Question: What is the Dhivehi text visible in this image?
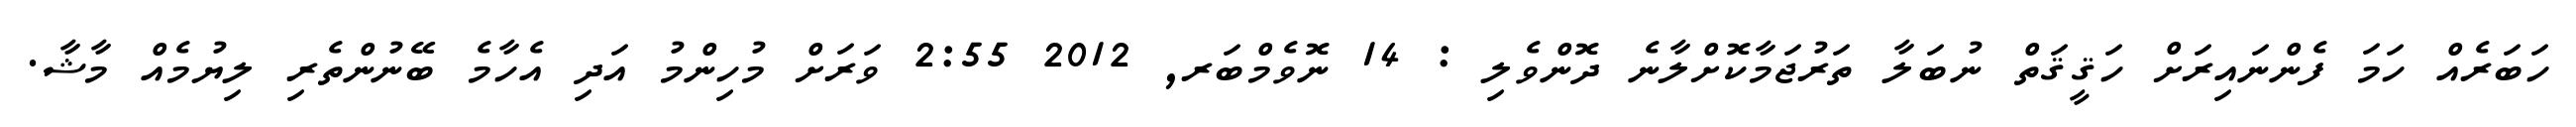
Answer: ހަބަރެއް ހަމަ ފެންނައިރަށް ހަޤީޤަތް ނުބަލާ ތަރުޖަމާކޮށްލާނެ ދޮންވެލި : 14 ނޮވެމްބަރ, 2012 2:55 ވަރަށް މުހިންމު އަދި އެހާމެ ބޭނުންތެރި ލިޔުމެއް މާޝާ.